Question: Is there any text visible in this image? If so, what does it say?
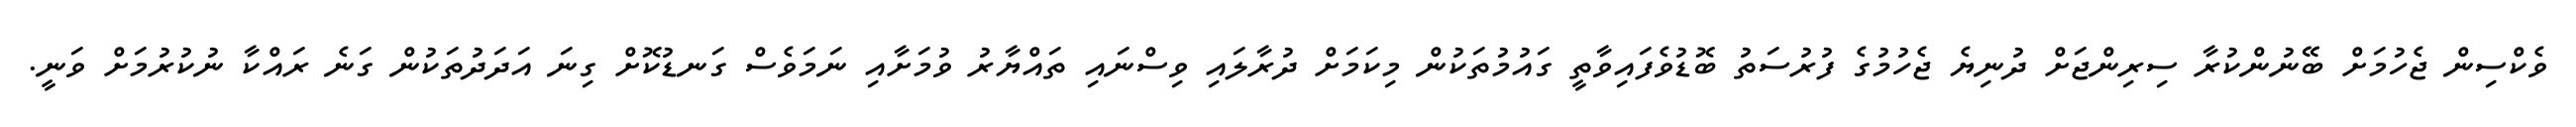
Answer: ވެކްސިން ޖެހުމަށް ބޭނުންކުރާ ސިރިންޖަށް ދުނިޔެ ޖެހުމުގެ ފުރުސަތު ބޮޑުވެފައިވާތީ ގައުމުތަކުން މިކަމަށް ދުރާލައި ވިސްނައި ތައްޔާރު ވުމަށާއި ނަމަވެސް ގަނޑުކޮށް ގިނަ އަދަދުތަކުން ގަނެ ރައްކާ ނުކުރުމަށް ވަނީ.